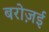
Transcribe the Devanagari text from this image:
बरोज़ई